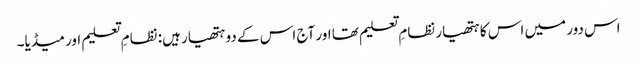
اس دور میں اس کا ہتھیار نظامِ تعلیم تھا اور آج اس کے دو ہتھیار ہیں: نظامِ تعلیم اور میڈیا۔